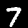
Digit: 7